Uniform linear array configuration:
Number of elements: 16
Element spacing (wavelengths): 0.25
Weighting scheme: binomial
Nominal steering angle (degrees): -60
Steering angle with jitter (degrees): -59.418
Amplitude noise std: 0.05
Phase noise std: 0.05

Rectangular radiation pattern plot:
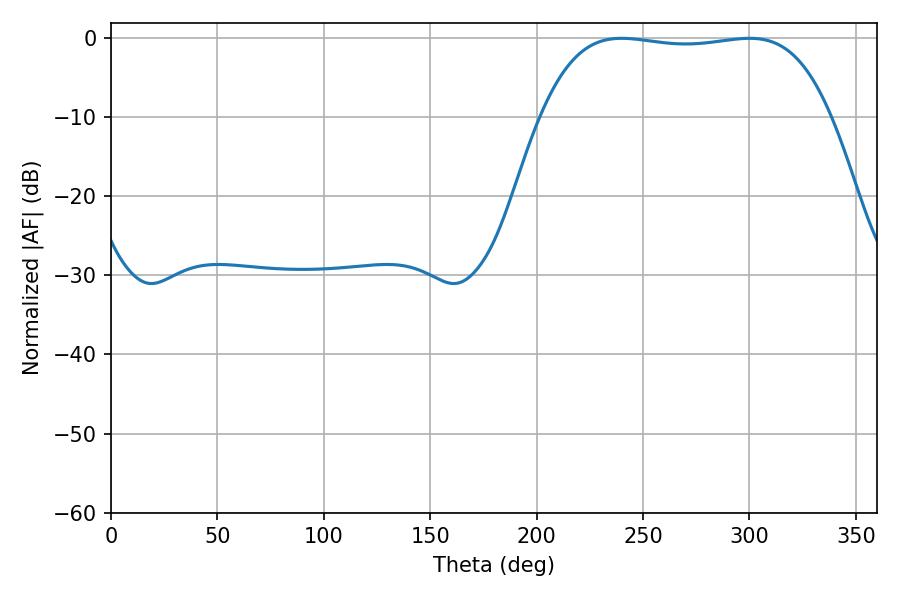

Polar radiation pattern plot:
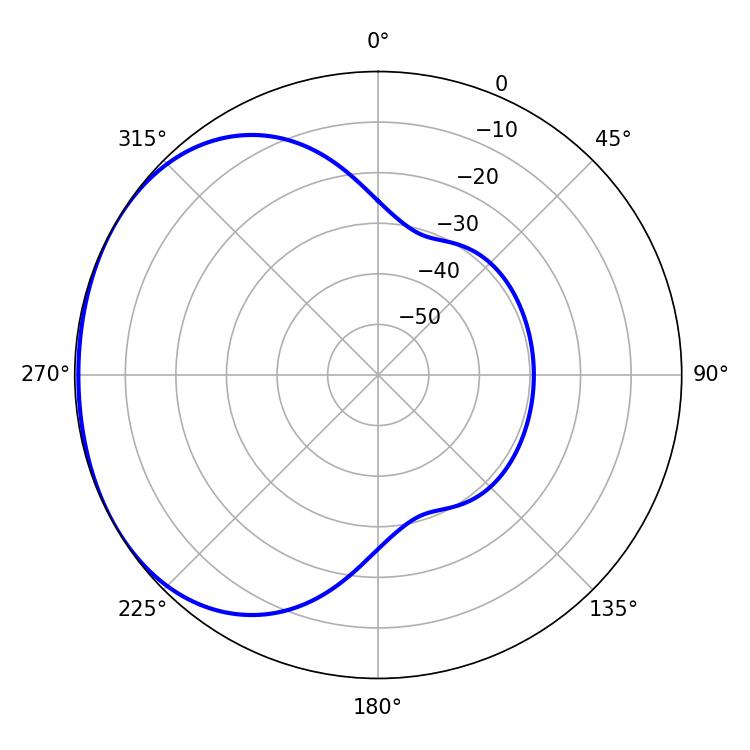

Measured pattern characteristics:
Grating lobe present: FALSE
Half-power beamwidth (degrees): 107.28
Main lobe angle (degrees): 239.94